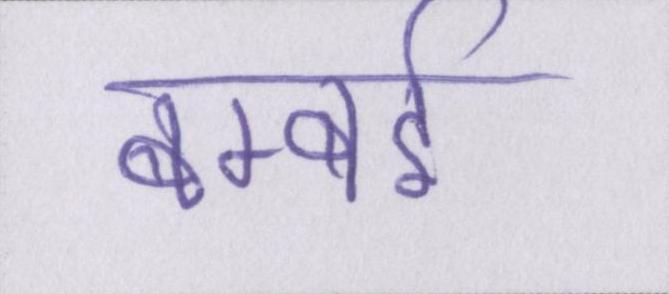
बम्बई